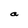
Character: a